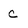
Character: c